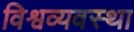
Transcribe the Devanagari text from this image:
विश्वव्यवस्था